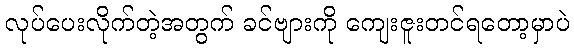
လုပ်ပေးလိုက်တဲ့အတွက် ခင်ဗျားကို ကျေးဇူးတင်ရတော့မှာပဲ